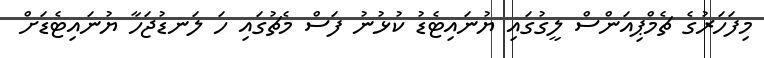
މިފަހަރުގެ ޗެމްޕިއަންސް ލީގުގައި ޔުނައިޓެޑު ކުޅުނު ފަސް މެޗުގައި ހަ ލަނޑުޖަހާ ޔުނައިޓެޑަށް